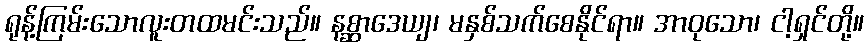
ရုန့်ကြမ်းသောလူးတထမင်းသည်။ နစ္ဆာဒေယျ၊ မနှစ်သက်စေနိုင်ရာ။ အာဝုသော၊ ငါ့ရှင်တို့။